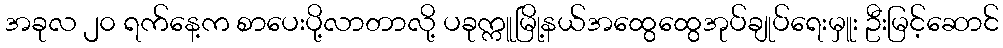
အခုလ ၂၀ ရက်နေ့က စာပေးပို့လာတာလို့ ပခုက္ကူမြို့နယ်အထွေထွေအုပ်ချုပ်ရေးမှူး ဦးမြင့်ဆောင်